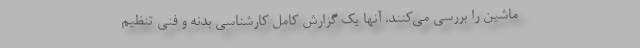
ماشین را بررسی می‌کنند. آنها یک گزارش کامل کارشناسی بدنه و فنی تنظیم